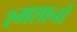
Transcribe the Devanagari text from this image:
श्मशानों